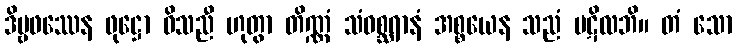
ဒိဗ္ဗဖဿေန ဖုဋ္ဌော ဝိသညီ ဟုတွာ တိဏ္ဏံ သံဝစ္ဆရာနံ အစ္စယေန သညံ ပဋိလဘိ။ တံ သော